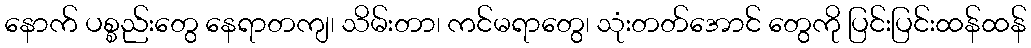
နောက် ပစ္စည်းတွေ နေရာတကျ၊ သိမ်းတာ၊ ကင်မရာတွေ၊ သုံးတတ်အောင် တွေကို ပြင်းပြင်းထန်ထန်